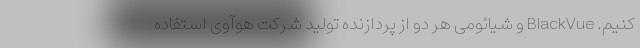
کنیم. BlackVue و شیائومی هر دو از پردازنده تولید شرکت هوآوی استفاده